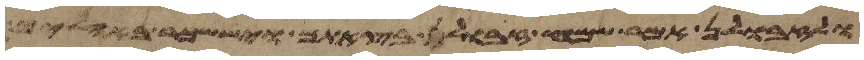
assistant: ולזבולן אמר שמח זבולן בצאתך ויששכר באהליך